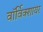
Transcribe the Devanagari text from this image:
वाॅर्विक्शायर